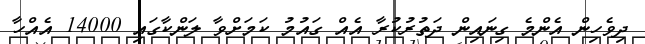
ދިވެހިން އެންމެ ގިނައިން ދަތުރުކުރާ އެއް ގައުމު ކަމަށްވާ ލަންކާގައި 14000 އެއްހާ